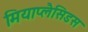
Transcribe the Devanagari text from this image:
मियाप्लैसिडस